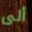
ألى